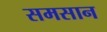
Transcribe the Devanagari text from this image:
समसान